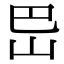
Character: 岊